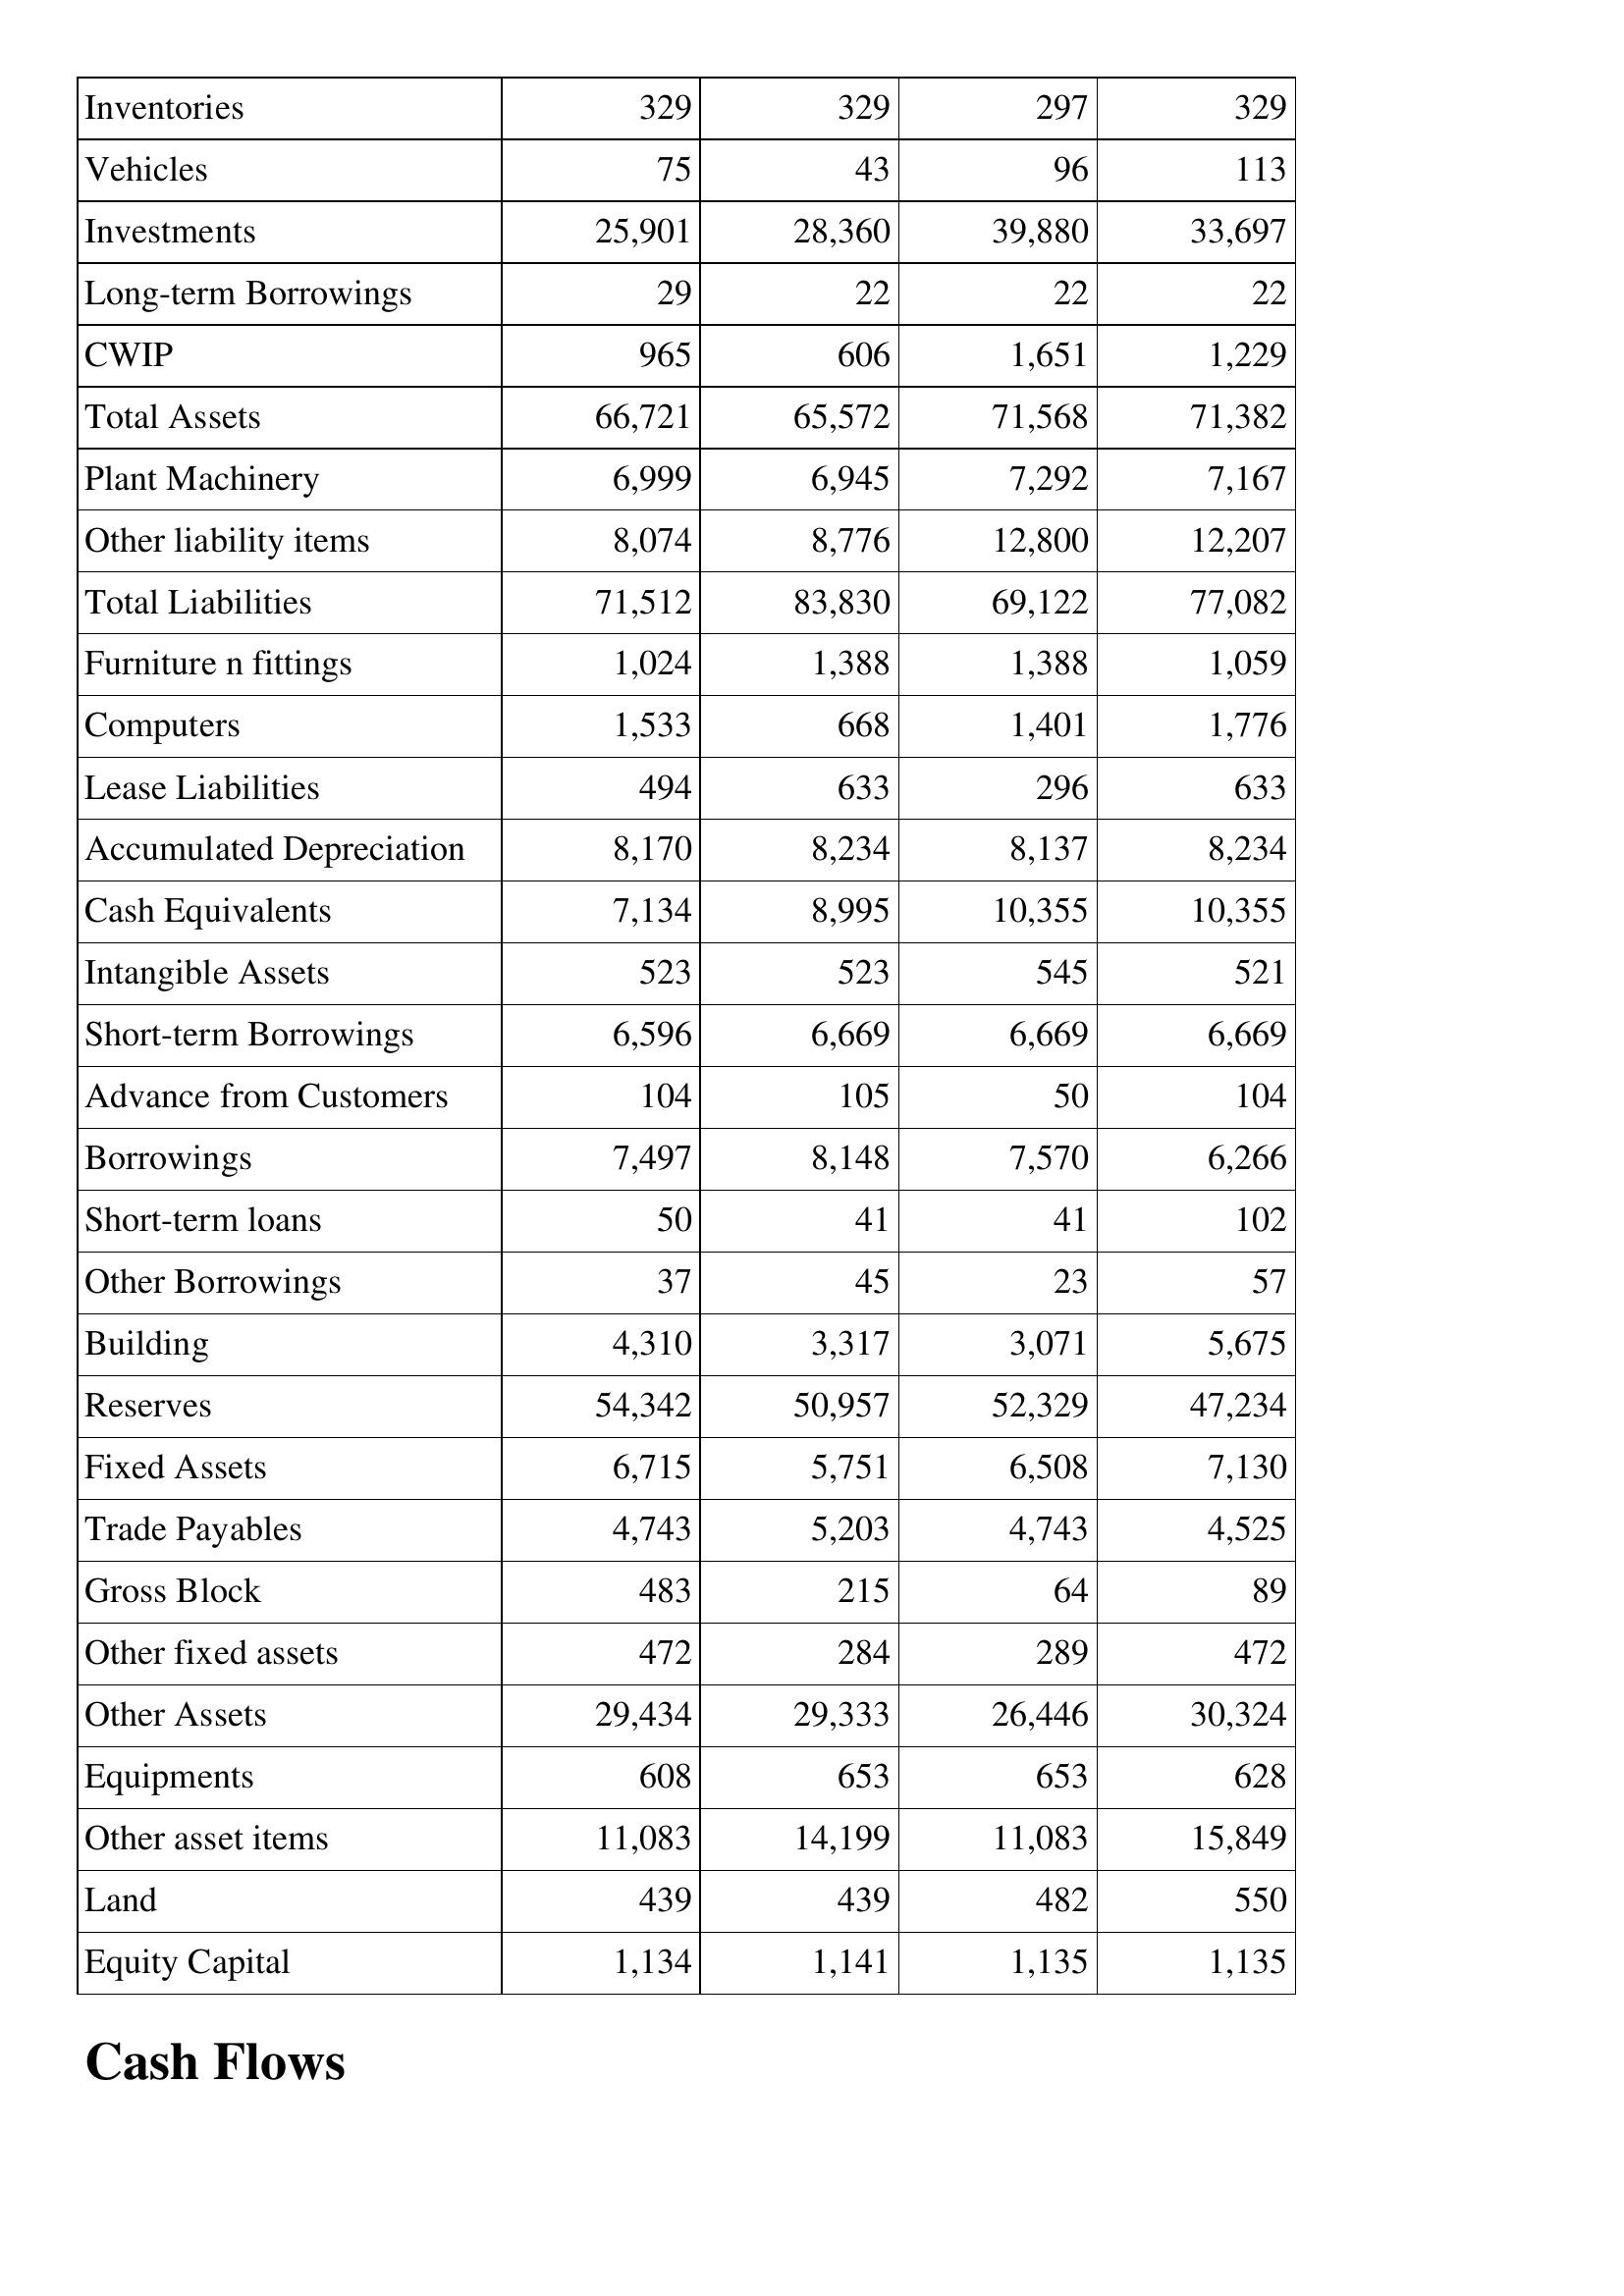
Mar-14: Balance Sheet: Inventories: 329
Vehicles: 75
Investments: 25,901
Long-term Borrowings: 29
CWIP: 965
Total Assets: 66,721
Plant Machinery: 6,999
Other liability items: 8,074
Total Liabilities: 71,512
Furniture n fittings: 1,024
Computers: 1,533
Lease Liabilities: 494
Accumulated Depreciation: 8,170
Cash Equivalents: 7,134
Intangible Assets: 523
Short-term Borrowings: 6,596
Advance from Customers: 104
Borrowings: 7,497
Short-term loans: 50
Other Borrowings: 37
Building: 4,310
Reserves: 54,342
Fixed Assets: 6,715
Trade Payables: 4,743
Gross Block: 483
Other fixed assets: 472
Other Assets: 29,434
Equipments: 608
Other asset items: 11,083
Land: 439
Equity Capital: 1,134
Mar-13: Balance Sheet: Inventories: 329
Vehicles: 43
Investments: 28,360
Long-term Borrowings: 22
CWIP: 606
Total Assets: 65,572
Plant Machinery: 6,945
Other liability items: 8,776
Total Liabilities: 83,830
Furniture n fittings: 1,388
Computers: 668
Lease Liabilities: 633
Accumulated Depreciation: 8,234
Cash Equivalents: 8,995
Intangible Assets: 523
Short-term Borrowings: 6,669
Advance from Customers: 105
Borrowings: 8,148
Short-term loans: 41
Other Borrowings: 45
Building: 3,317
Reserves: 50,957
Fixed Assets: 5,751
Trade Payables: 5,203
Gross Block: 215
Other fixed assets: 284
Other Assets: 29,333
Equipments: 653
Other asset items: 14,199
Land: 439
Equity Capital: 1,141
Mar-12: Balance Sheet: Inventories: 297
Vehicles: 96
Investments: 39,880
Long-term Borrowings: 22
CWIP: 1,651
Total Assets: 71,568
Plant Machinery: 7,292
Other liability items: 12,800
Total Liabilities: 69,122
Furniture n fittings: 1,388
Computers: 1,401
Lease Liabilities: 296
Accumulated Depreciation: 8,137
Cash Equivalents: 10,355
Intangible Assets: 545
Short-term Borrowings: 6,669
Advance from Customers: 50
Borrowings: 7,570
Short-term loans: 41
Other Borrowings: 23
Building: 3,071
Reserves: 52,329
Fixed Assets: 6,508
Trade Payables: 4,743
Gross Block: 64
Other fixed assets: 289
Other Assets: 26,446
Equipments: 653
Other asset items: 11,083
Land: 482
Equity Capital: 1,135
Mar-11: Balance Sheet: Inventories: 329
Vehicles: 113
Investments: 33,697
Long-term Borrowings: 22
CWIP: 1,229
Total Assets: 71,382
Plant Machinery: 7,167
Other liability items: 12,207
Total Liabilities: 77,082
Furniture n fittings: 1,059
Computers: 1,776
Lease Liabilities: 633
Accumulated Depreciation: 8,234
Cash Equivalents: 10,355
Intangible Assets: 521
Short-term Borrowings: 6,669
Advance from Customers: 104
Borrowings: 6,266
Short-term loans: 102
Other Borrowings: 57
Building: 5,675
Reserves: 47,234
Fixed Assets: 7,130
Trade Payables: 4,525
Gross Block: 89
Other fixed assets: 472
Other Assets: 30,324
Equipments: 628
Other asset items: 15,849
Land: 550
Equity Capital: 1,135